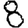
Digit: 8